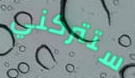
ستتركني